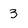
Character: 3